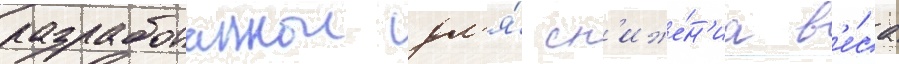
разработаннои дл'я́ сн'иже́н'иа в'е́са